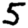
Digit: 5